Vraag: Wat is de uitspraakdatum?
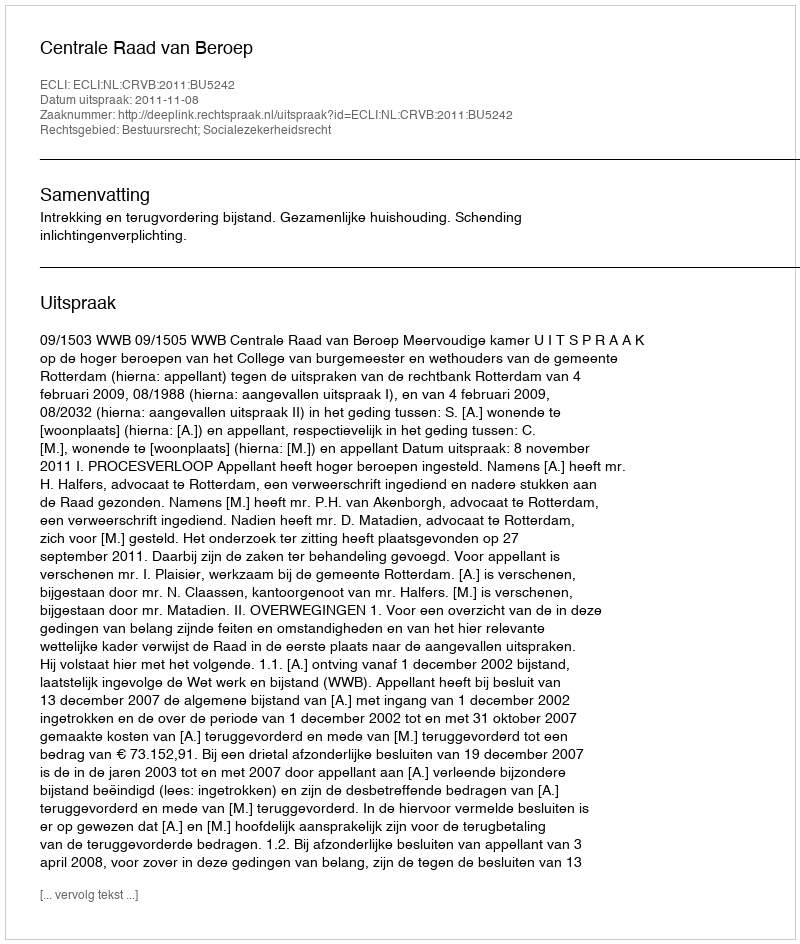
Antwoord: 2011-11-08